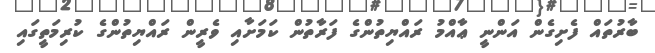
ބާރުތައް ފެށިގެން އަންނީ ޢާއްމު ރައްޔިތުންގެ ފަރާތުން ކަމަށާއި ވެރީން ރައްޔިތުންގެ ކުރިމަތީގައި